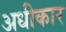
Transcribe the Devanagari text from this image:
अधीकार